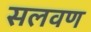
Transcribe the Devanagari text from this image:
सलवण